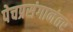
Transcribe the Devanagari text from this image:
पेचप्रसंगानंतर